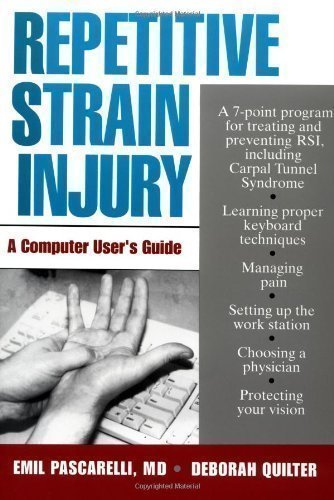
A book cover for Repetitive Strain Injury: A Computer User's Guide by Pascarelli, Emil, Quilter, Deborah [31 October 1994]; Health, Fitness & Dieting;